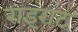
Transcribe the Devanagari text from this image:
राइरांट